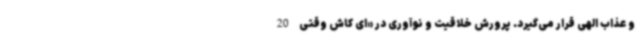
و عذاب الهی قرار می‌گیرد. پرورش خلاقیت و نوآوری در «ای کاش وقتی 20